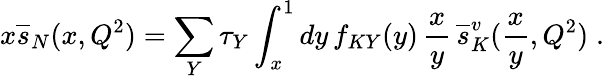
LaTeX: x{\overline{{s}}}_{N}(x,Q^{2})=\sum_{Y}\tau_{Y}\int_{x}^{1}dy\, f_{KY}(y)\, \frac{x}{y}\, {\overline{{s}}}_{K}^{v}(\frac{x}{y},Q^{2})\; .